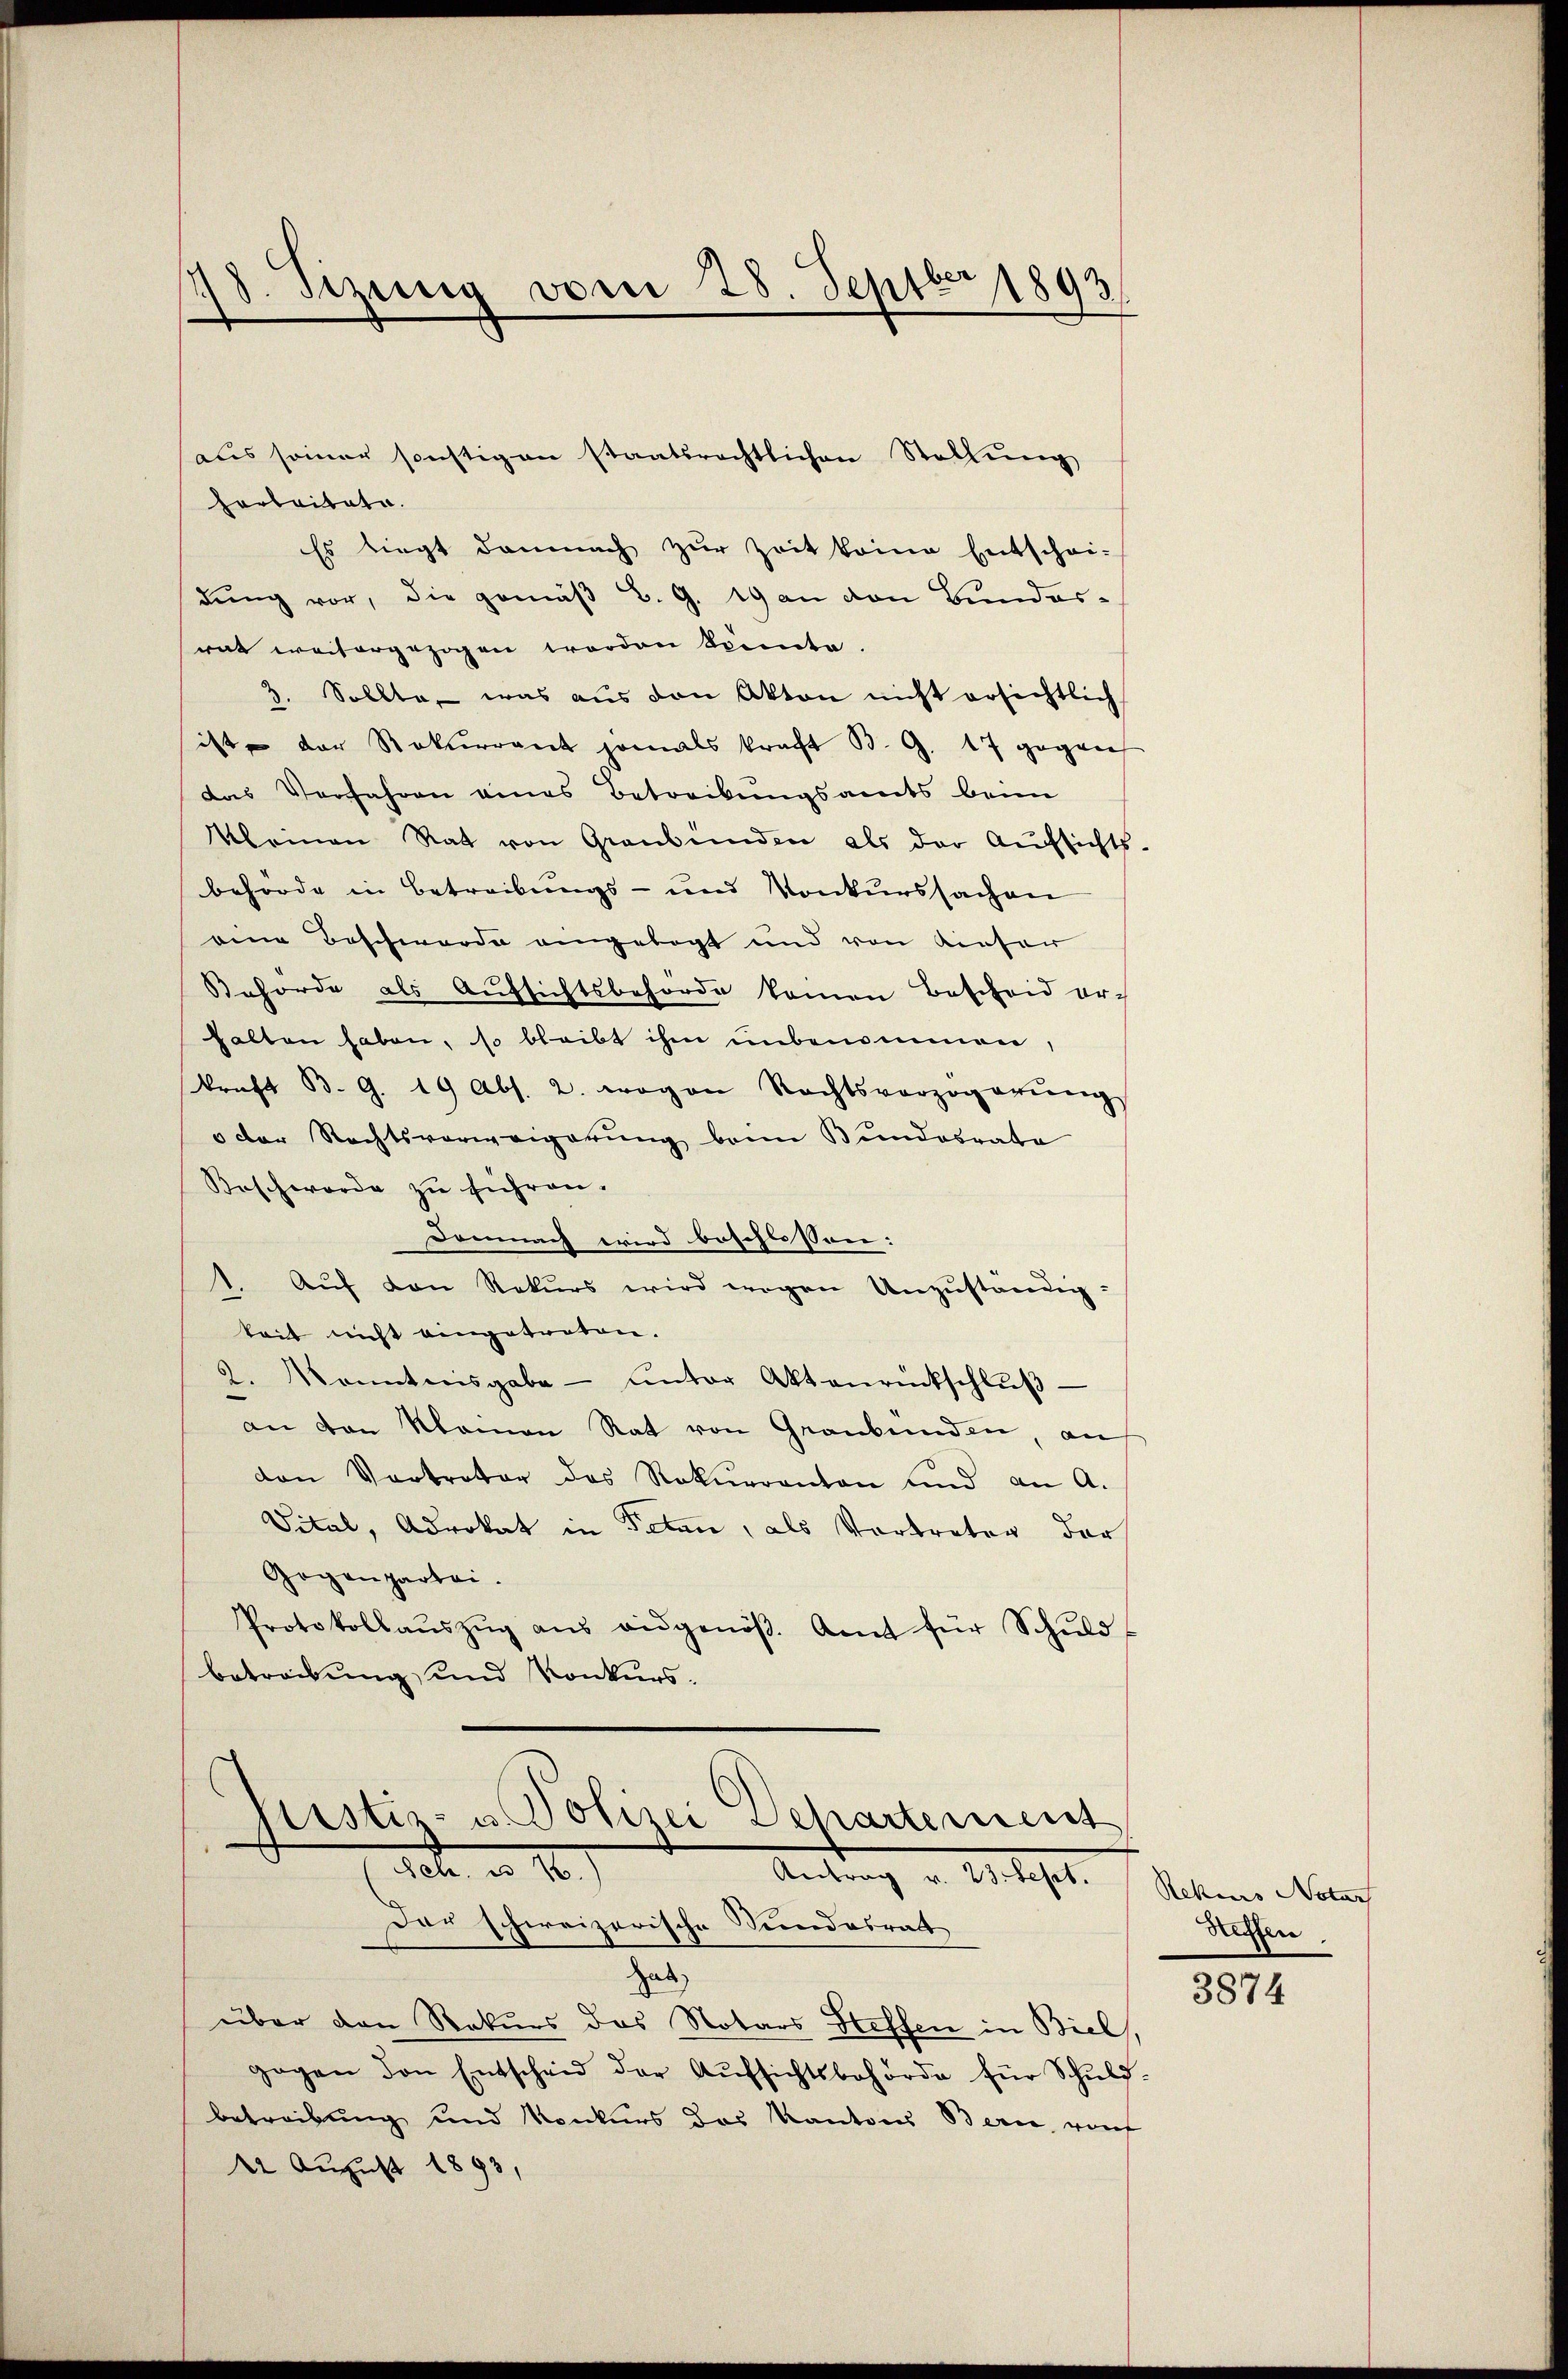
d.Stzung vom 28. Septber 1893.

aus seiner sonstigen staatsrechtlichen Stellŭng

Kistiz- u. Polizei Departement
ebr. a. 10.
Antrag v. 23. Sept.
Dar schweizerische Sandesrath

horbaitato.
Es liegt damnach zur Zeit keine Entschei-
dŭng vor, die gemäβ B. G. 19 an den Bundes-
rat weitergezogen worden könte.
3. Sollte, was aus den Akten nicht ersichtlich
ist der Rekurrent jamals kraft B. G. 17 gegen
das Verfahren eines Betreibungsamts beim
Kleinen Rat von Graubünden als der Aŭfsichts-
behörde in Betreibungs- und Konkurssachen
eine Beschwerde angelegt und von Kieser
Behörde als Aŭfsichtsbehörde kommen Bescheid er-
halten haben, so bleibt ihm unbenommen,
kraft B. G. 19 Abs. 2. wovon Rechtsverzögerŭng
" der Rechtsverweigerŭng beim Bundesrata
Beschwerde zu führen.
Demnach wird beschlossen:
Auf den Rekurs wird wegen Unzuständigkeit nicht eingetreten.
2. kanntnisgabe - ŭnter Aktenrückschlŭβ
an den Namen Rat von Graubünden, au
den Vertreter des Rekurranton und an A.
Vital, Advokat in Petan, als Vortreter der
Gogenpartei.
Protokollaŭszŭg aŭs aŭsgenöβ. Amt für Schŭld-
betreibung und Konkurs¬

ab
über den Rekurs das Notars Steffen in Biel,
gegen den Entscheid der Aŭfsichtsbehörde für Schŭld-
betreibung und Konkurs des Kantons Berne, rauf
1 August 1893,

Rekens Notar
Steffen,

3874